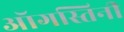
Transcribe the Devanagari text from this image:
ऑगस्तिनी